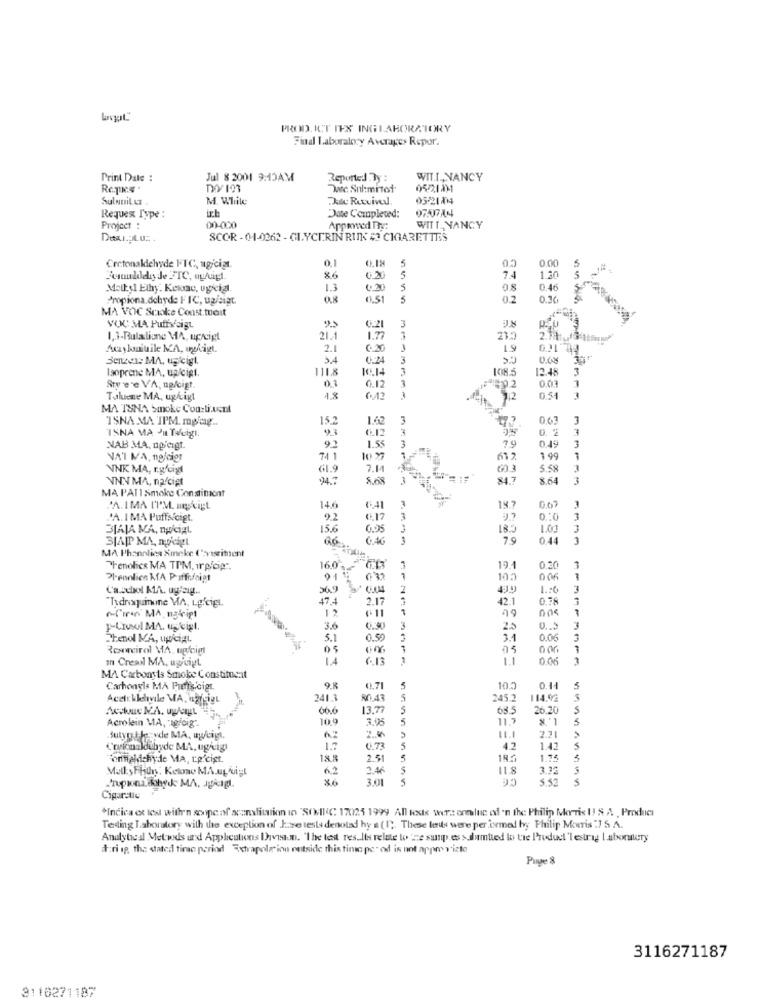
PROD. ICT IES INGLABORATORY
Find Laboratory Averages Repor.
Print Date :
Jul 8 2001 9:13AM
Reported By :
WIT.L ., NANCY
Dec. Sul:mitot
0521131
Sulnuit et.
M. While
DueRutvivel.
0521/04
ich
Requex Type :
Date Completed:
Project :
00-000
Approved The:
WITT_ NANCY
SCOR -01-0262 - GLYCERIN RUNK # CIGARETTES
0.1
Cretenaldehyde FTC, ugiciat
0.00
86
6.20
5
7.4
1.20
Molly1 Ethy. Kewac, ugicial
1.3
0.30
5
08
0.46
Propiona.dehyde FIC, ug/sigt
5
02
0.36
MA VOC Smoke Const.mait
VOU MA Puffs sigt.
6.21
1,3-Bulalione MA, ug/cigt
21.1
1.77
Aczyloniuile MA, ugligt.
2.1
0.20
19
0.31 714
Senden: MA, uj cigl.
0.24
3
laoprene MA, up cigt.
111.8
10.14
3
3
3
0.03
Styre'e VA, no/cigt.
0.12
Taluene MA, ughigt
18
6.42
1
0.54
MA TSNA Smoke Coo:ti.vent
"ISNA MA IPM. mgtg ..
15.2
1.42
3
0.63
3
ISNA MA ' Tacigı
93
6.12
3
Ero
92
1.59
3
3
NAB MA, npjeigt.
NAT MA, nolcigr
74 1
10. 37
612
1 99
1
NNK MA, r.gfcigt
61.9
7.14
5.58
NNN MA, nafcigt
3
84.7
8.64
MA PATI Smoke Constiment
PA.IMA IT'M. mgtigt
14.6
6.41
18.7
007
3
JA. I MA Puffs/cigt.
6.17
3
1
3JAJA MA, nociAL
15.6
0.95
18.3
1.00
SIAPP MA, nocigt
C.AG
79
0.44
MA I'hannlics Xmeke (visitent
Phenolicx MA TPM, irpfcip".
16.0.
3
19.
0.30
1
Pl-ennlion KTA Puffednigt
91 1
7
105
00
7
Ca.schol KA. ugfeig ..
509
1.0
3
"Txdrixquinone MA, Lg'cigL.
47.4
2.17
42.1
0.78
12
1
49
7
fire MA, nakigt
3.6
3
2.5
Phenol MA, upcigt.
5.1
0.55
3
3.1
0.06
3
Respecirol MA. ugfoigl
05
7
006
1
a Creal MA, ugicigt
006
1
MA Carbonsts Smoke Constituent
Carbonyls MA Puffs Gigt
9.8
0.71
105
0.14
Acelcklelivile MA, ngftigt
241.3
80.43
5
245.2
114.92
66.6
13.77
5
68.5
26.20
Acrolein MA, agfoig".
10.9
3.95
5
5
Butyrat le-ve MA, uweigt.
62
2.5
2.71
Coionaldubyde MA, ugrig
1.7
0.73
5
42
1.42
S
Fentiekichyde MA, L.p.cist.
18.8
2.51
5
1.46
118
3.32
3.01
5
5.52
Cigarette
"Indica et les with'n scope of scanslitation in "SONIC 17025 1999 All tests were ennluc of 'n the Philip Morris U! & A , Product
Testing Laboratory with the exception of Jase tests denoted hy a (1). These les were performed byy Philip Morris :7 S.A.
Analyteal Metwds und Applications Ihavean. "The test results relate to 'ne susp.es s dumtied to the Product 'lestrag Laboratory
#:ri ip, the stated timo period Extrapole' inn outside this time pe" od is not appmy vizte
Page 8
3116271187
3110271187